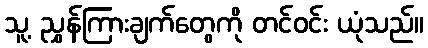
သူ့ ညွှန်ကြားချက်တွေကို တင်ဝင်း ယုံသည်။